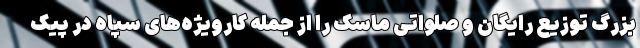
بزرگ توزیع رایگان و صلواتی ماسک را از جمله کارویژه‌های سپاه در پیک